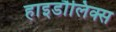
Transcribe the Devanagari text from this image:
हाइडौलिक्स